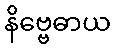
နိဗ္ဗေဓာယ